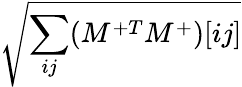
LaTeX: \sqrt{\sum_{ij}(M^{+T}M^{+})[ij]}